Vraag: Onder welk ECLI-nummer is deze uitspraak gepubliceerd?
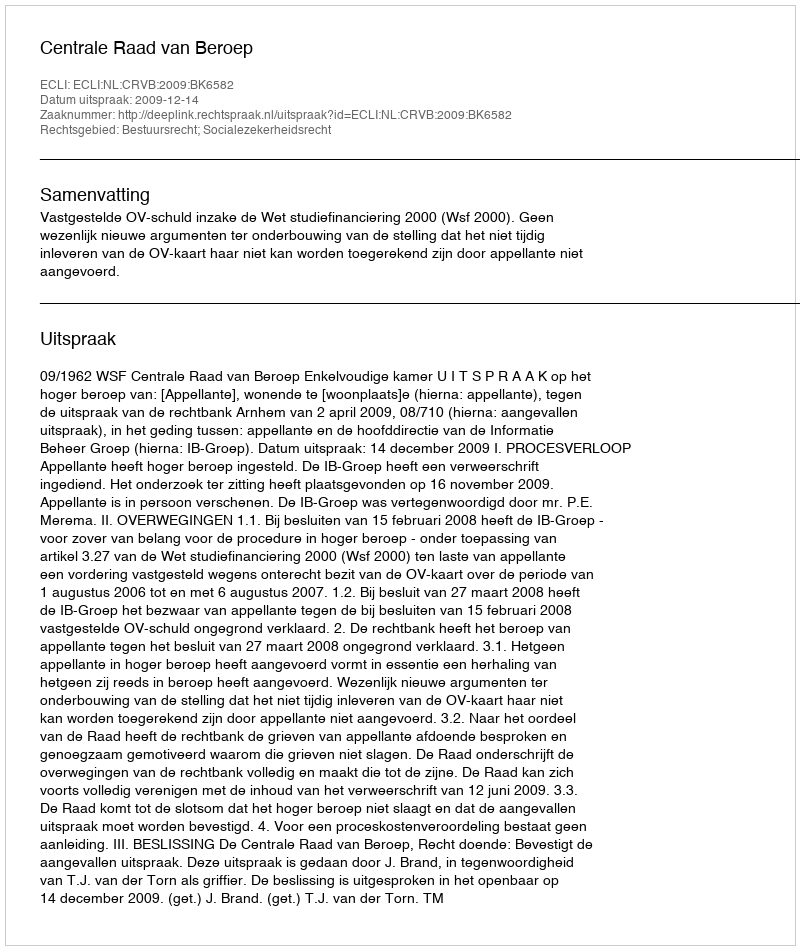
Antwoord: ECLI:NL:CRVB:2009:BK6582